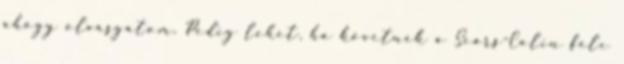
ahogy olvasgatom. Pedig lehet, ha követnék a Sears-Colin féle